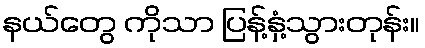
နယ်တွေ ကိုသာ ပြန့်နှံ့သွားတုန်း။